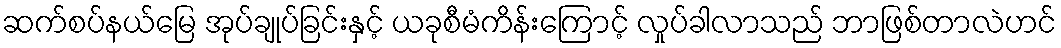
ဆက်စပ်နယ်မြေ အုပ်ချုပ်ခြင်းနှင့် ယခုစီမံကိန်းကြောင့် လှုပ်ခါလာသည် ဘာဖြစ်တာလဲဟင်